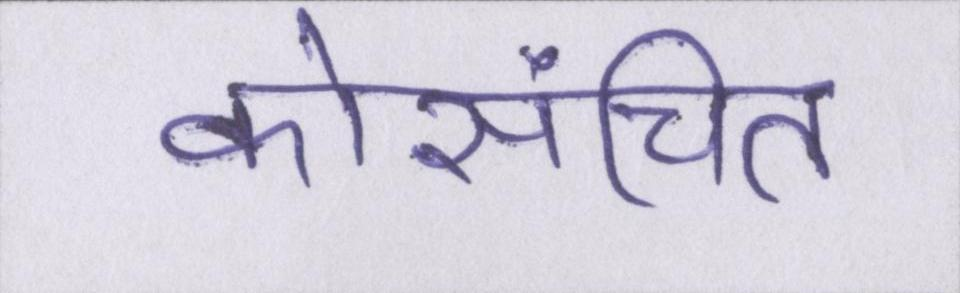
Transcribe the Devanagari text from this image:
कोसंचित